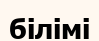
білімі